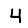
Digit: 4